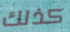
كذلك